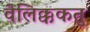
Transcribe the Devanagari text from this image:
वेलिक्ककतु